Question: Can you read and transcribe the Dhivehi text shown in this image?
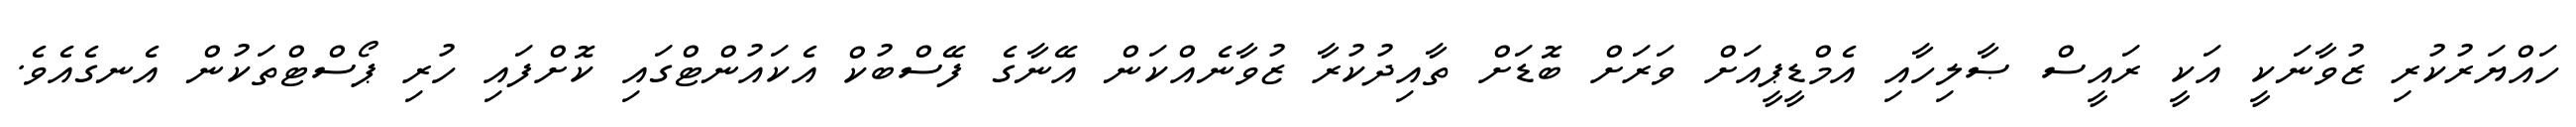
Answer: ހައްޔަރުކުރި ޒުވާނަކީ އަކީ ރައީސް ޞާލިހާއި އެމްޑީޕީއަށް ވަރަށް ބޮޑަށް ތާއިދުކުރާ ޒުވާނެއްކަން އޭނާގެ ފޭސްބުކް އެކައުންޓްގައި ކޮށްފައި ހުރި ޕޯސްޓްތަކުން އެނގެއެވެ.